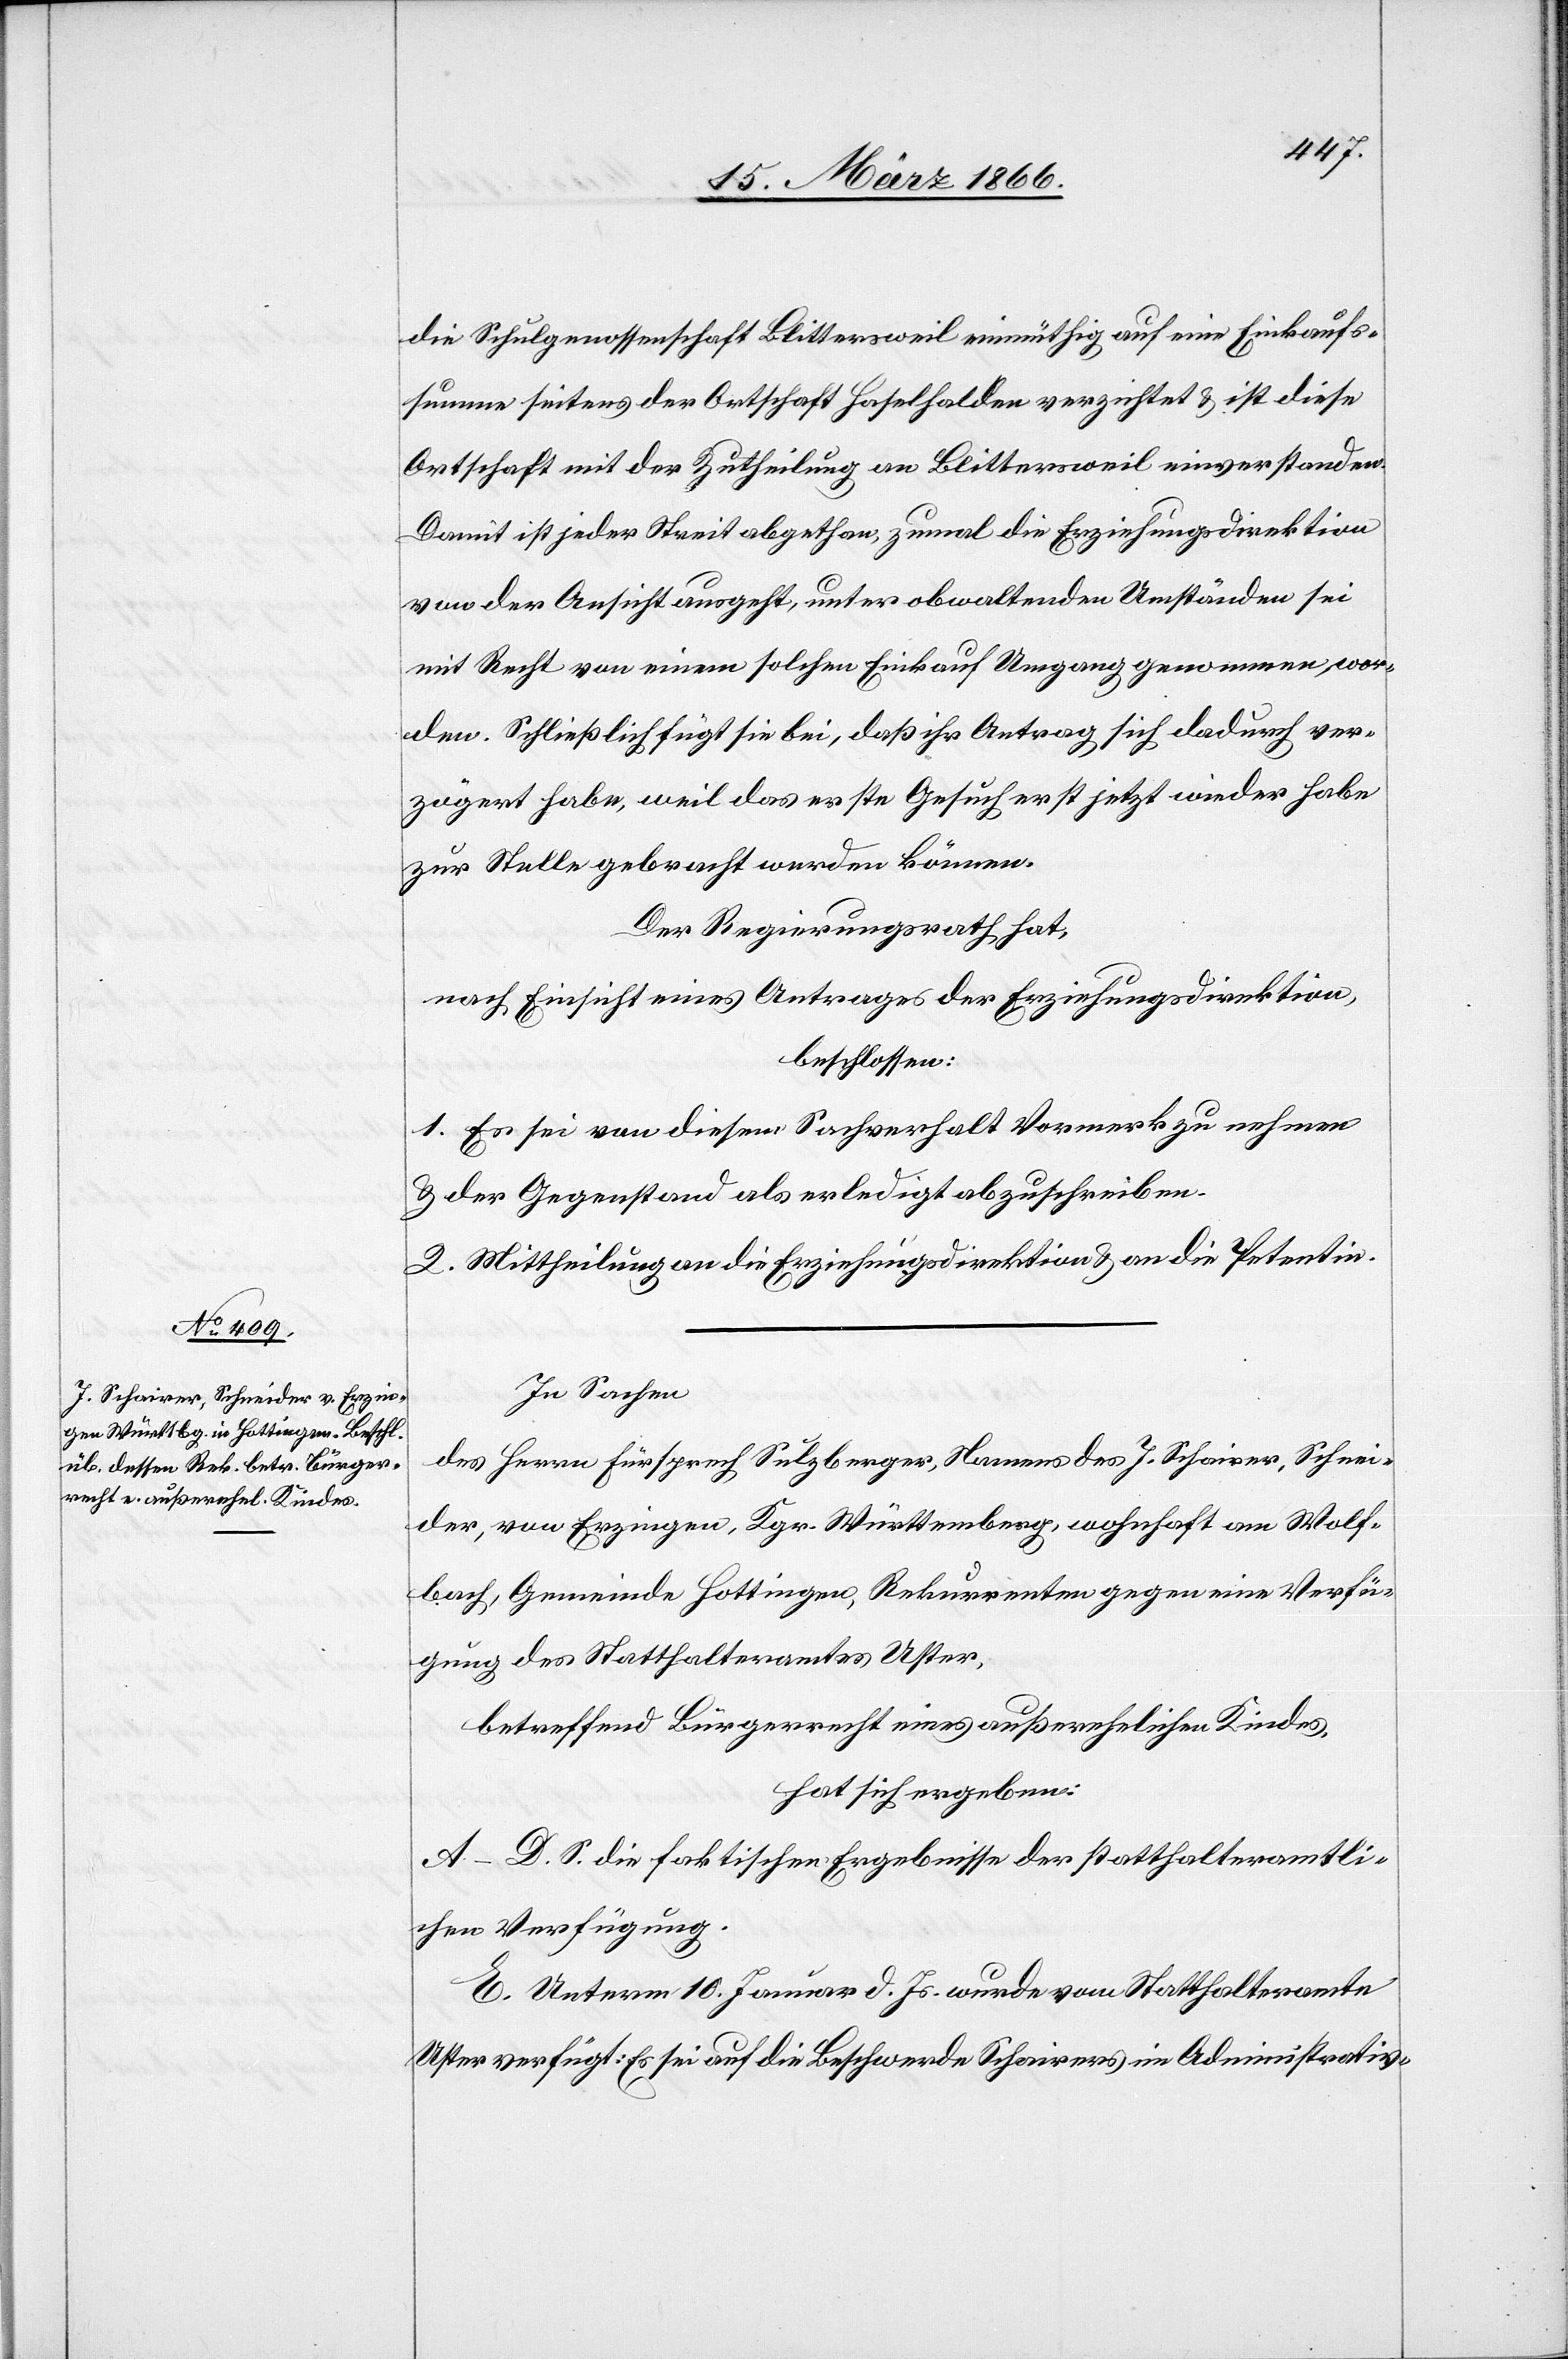
die Schulgenossenschaft Blittersweil einmüthig auf eine Einkaufs¬
summe seitens der Ortschaft Haselhalden verzichtet u. ist diese
Ortschaft mit der Zutheilung an Blittersweil einverstanden.
Damit ist jeder Streit abgethan, zumal die Erziehungsdirektion
von der Ansicht ausgeht, unter obwaltenden Umständen sei
mit Recht von einem solchen Einkauf Umgang genommen wor¬
den. Schließlich fügt sie bei, daß ihr Antrag, sich dadurch ver¬
zögert habe, weil das erste Gesuch erst jetzt wieder habe
zur Stelle gebracht werden können.
Der Regierungsrath hat,
nach Einsicht eines Antrages der Erziehungsdirektion,
beschlossen:
1. Es sei von diesem Sachverhalt Vormerk zu nehmen
u. der Gegenstand als erledigt abzuschreiben.
2. Mittheilung an die Erziehungsdirektion u. an die Petentin.
In Sachen
des Herrn Fürsprech Sulzberger, Namens des J. Schairer, Schnei¬
der, von Erzingen, Kgr. Württemberg, wohnhaft am Wolf¬
bach, Gemeinde Hottingen, Rekurrenten gegen eine Verfü¬
gung des Statthalteramtes Uster,
betreffend Bürgerrecht eines außerehelichen Kindes,
hat sich ergeben:
A–D. S. die faktischen Ergebnisse der statthalteramtli¬
chen Verfügung.
E. Unterm 10. Januar d. Js. wurde vom Statthalteramte
Uster verfügt: Es sei auf die Beschwerde Schairers im Administrativ-